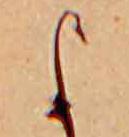
よ